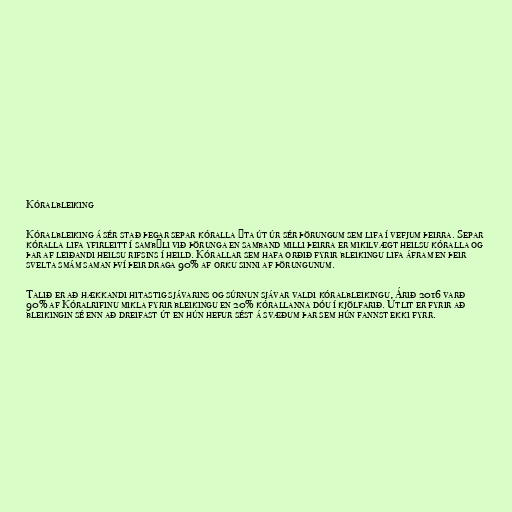
Kóralbleiking

Kóralbleiking á sér stað þegar separ kóralla ýta út úr sér þörungum sem lifa í vefjum þeirra. Separ
kóralla lifa yfirleitt í sambýli við þörunga en samband milli þeirra er mikilvægt heilsu kóralla og
þar af leiðandi heilsu rifsins í heild. Kórallar sem hafa orðið fyrir bleikingu lifa áfram en þeir
svelta smám saman því þeir draga 90% af orku sinni af þörungunum.

Talið er að hækkandi hitastig sjávarins og súrnun sjávar valdi kóralbleikingu. Árið 2016 varð
90% af Kóralrifinu mikla fyrir bleikingu en 20% kórallanna dóu í kjölfarið. Útlit er fyrir að
bleikingin sé enn að dreifast út en hún hefur sést á svæðum þar sem hún fannst ekki fyrr.